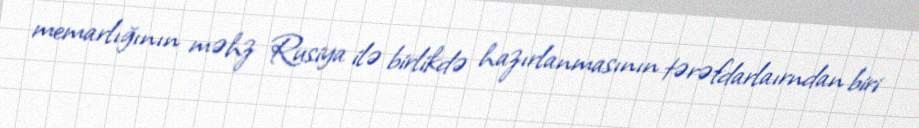
memarlığının məhz Rusiya ilə birlikdə hazırlanmasının tərəfdarlaırndan biri